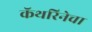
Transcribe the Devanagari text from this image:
कॅथरिनेचा